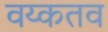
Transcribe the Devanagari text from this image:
वय्कतव